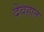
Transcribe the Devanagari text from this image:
देवहात